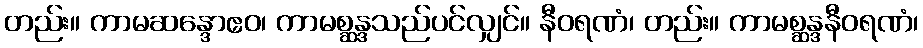
တည်း။ ကာမဆန္ဒောဧဝ၊ ကာမစ္ဆန္ဒသည်ပင်လျှင်။ နီဝရဏံ၊ တည်း။ ကာမစ္ဆန္ဒနီဝရဏံ၊